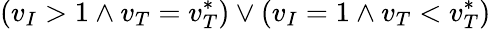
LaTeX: \left(v_{I}>1\land v_{T}=v_{T}^{*}\right)\lor\left(v_{I}=1\land v_{T}<v_{T}^{*}\right)